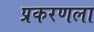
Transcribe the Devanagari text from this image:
प्रकरणला